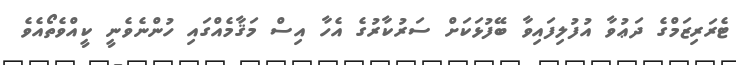
ޓެރަރިޒަމްގެ ދަޢުވާ އުފުލިފައިވާ ބޭފުޅަކަށް ސަރުކާރުގެ އެހާ އިސް މަޤާމެއްގައި ހުންނެވެނީ ކީއްވެތޯއެވެ